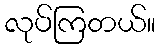
လုပ်ကြတယ်။